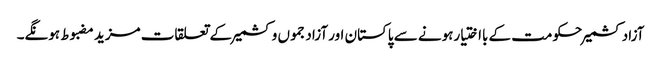
آزادکشمیرحکومت کے بااختیارہونے سے پاکستان اور آزادجموں وکشمیر کے تعلقات مزید مضبوط ہونگے۔